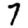
Digit: 7